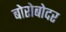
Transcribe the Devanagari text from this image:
बोरोबोदर